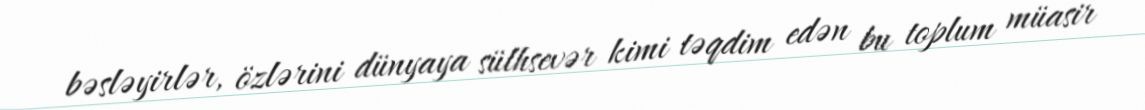
bəsləyirlər, özlərini dünyaya sülhsevər kimi təqdim edən bu toplum müasir